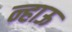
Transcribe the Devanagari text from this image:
न्हाऊ